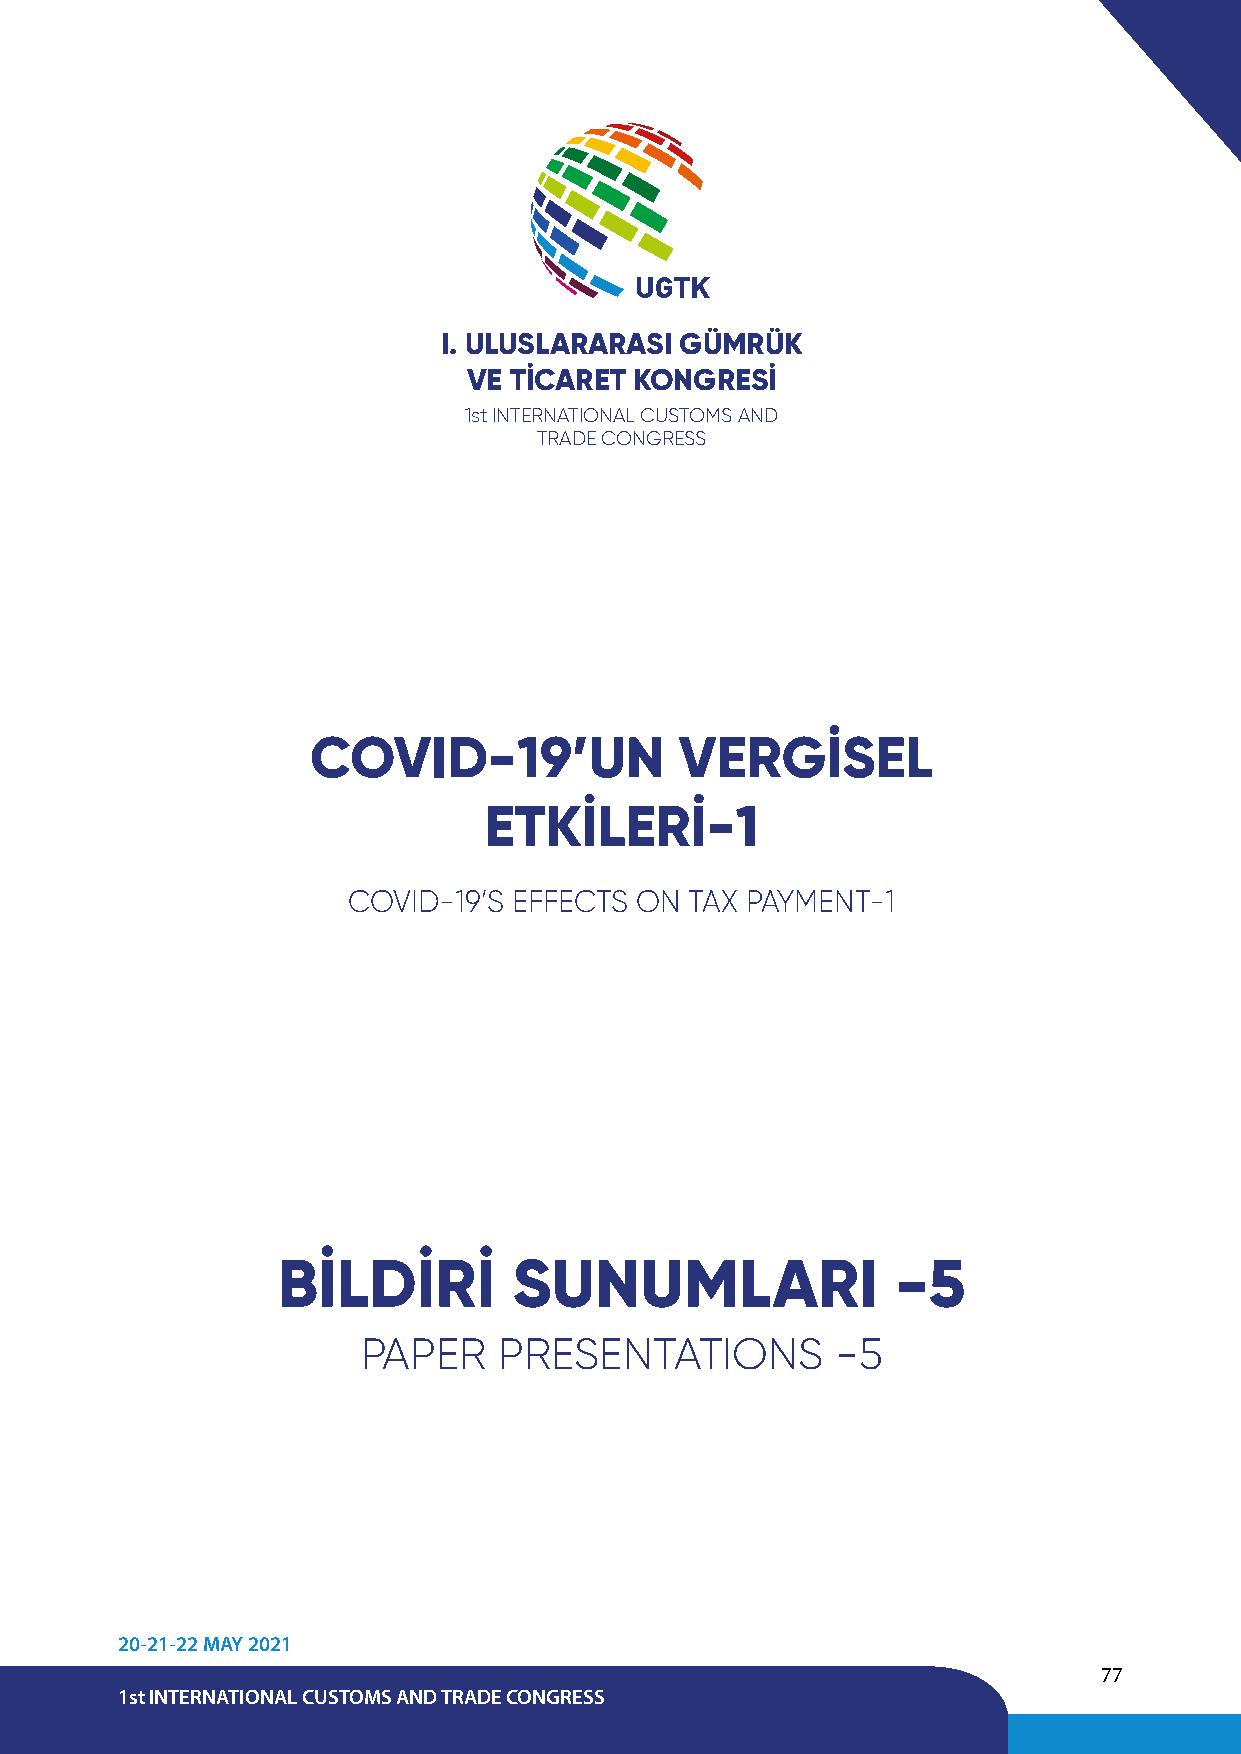
UGTK
 I. ULUSLARARASI GÜMRÜK
 VE TİCARET KONGRESİ
 1st INTERNATIONAL CUSTOMS AND
 TRADE CONGRESS
 COVID-19’UN             VERGİSEL
 ETKİLERİ-1
 COVID-19’S EFFECTS ON  TAX PAYMENT-1
 BİLDİRİ         SUNUMLARI                -5
 PAPER    PRESENTATIONS         -5
 20-21-22 MAY 2021
 77
 1st INTERNATIONAL CUSTOMS AND TRADE CONGRESS